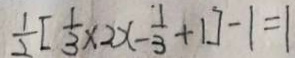
\frac { 1 } { 2 } [ \frac { 1 } { 3 } \times 2 x - \frac { 1 } { 3 } + 1 ] - 1 = 1